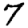
Digit: 7